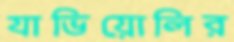
যাভিয়োলির